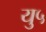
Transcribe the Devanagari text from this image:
यु५